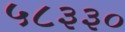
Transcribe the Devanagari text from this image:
५८३३०